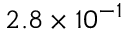
2 . 8 \times 1 0 ^ { - 1 }